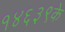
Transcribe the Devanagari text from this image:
१४६३९के